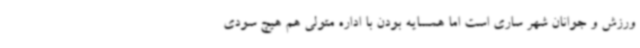
ورزش و جوانان شهر ساری است اما همسایه بودن با اداره متولی هم هیچ سودی